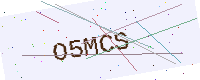
Text: O5MCS